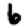
Digit: 6